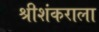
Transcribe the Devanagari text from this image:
श्रीशंकराला